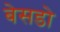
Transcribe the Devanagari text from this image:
बेसडो